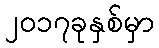
၂၀၁၇ခုနှစ်မှာ